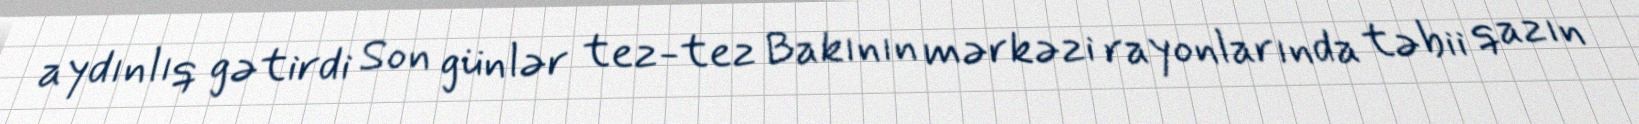
aydınlıq gətirdi Son günlər tez-tez Bakının mərkəzi rayonlarında təbii qazın